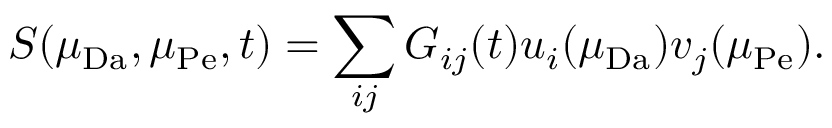
S ( \mu _ { \mathrm { D a } } , \mu _ { \mathrm { P e } } , t ) = \sum _ { i j } G _ { i j } ( t ) u _ { i } ( \mu _ { \mathrm { D a } } ) v _ { j } ( \mu _ { \mathrm { P e } } ) .